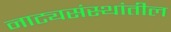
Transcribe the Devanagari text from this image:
नाट्यसंस्थांतील